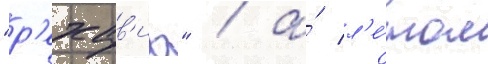
"р'ехав'иа" / а́ л'е́том